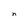
Character: n